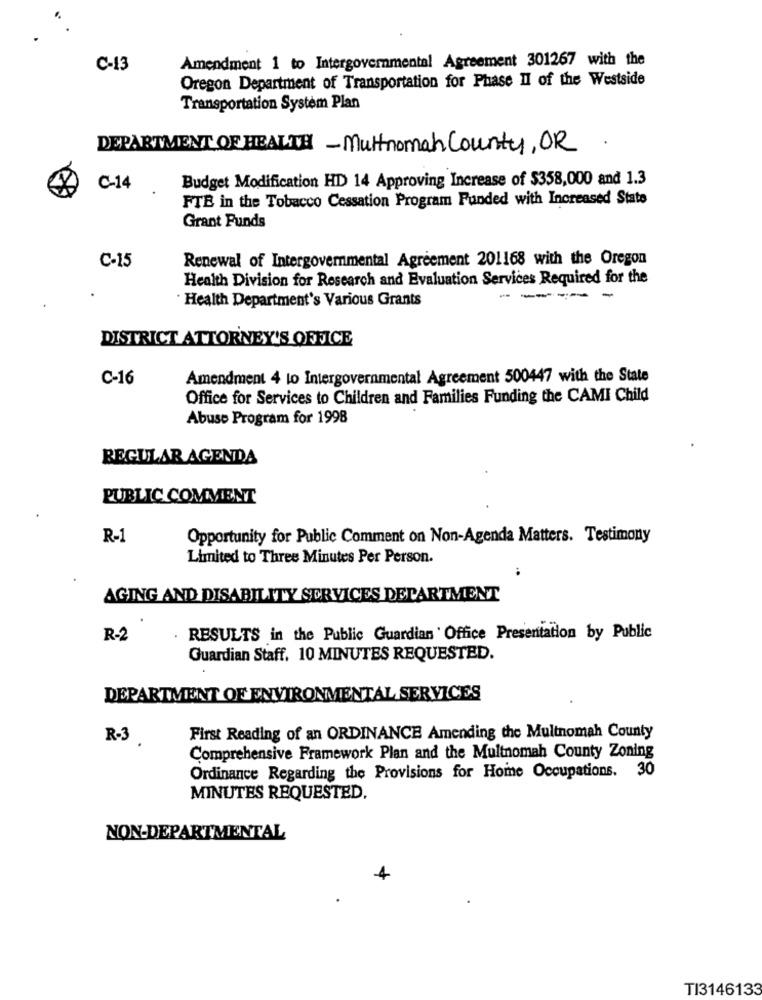
Amendment 1 to Intergovernmental Agreement 301267 with the
C-13
Oregon Department of Transportation for Phase Il of the Westside
Transportation System Plan
DEPARTMENT OF HEALTH -Multnomah County, OR
Budget Modification HD 14 Approving Increase of $358,000 and 1.3
C-14
FTE in the Tobacco Cessation Program Funded with Increased State
Grant Funds
Renewal of Intergovernmental Agreement 201168 with the Oregon
C-15
Health Division for Research and Evaluation Services Required for the
Health Department's Various Grants
----
DISTRICT ATTORNEY'S OFFICE
C-16
Amendment 4 to Intergovernmental Agreement 500447 with the State
Office for Services to Children and Families Funding the CAMI Child
Abuse Program for 1998
REGULAR AGENDA
PUBLIC COMMENT
R-1
Opportunity for Public Comment on Non-Agenda Matters. Testimony
Limited to Three Minutes Per Person.
..
AGING AND DISABILITY SERVICES DEPARTMENT
R-2
RESULTS in the Public Guardian ' Office Presentation by Public
Guardian Staff. 10 MINUTES REQUESTED.
DEPARTMENT OF ENVIRONMENTAL SERVICES
R-3
First Reading of an ORDINANCE Amending the Multnomah County
Comprehensive Framework Plan and the Multnomah County Zoning
Ordinance Regarding the Provisions for Home Occupations. 30
MINUTES REQUESTED,
NON-DEPARTMENTAL
4
TI3146133